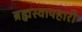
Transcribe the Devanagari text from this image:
ब्रह्मस्वापहारी